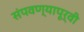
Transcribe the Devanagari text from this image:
संपवण्यापूर्वी